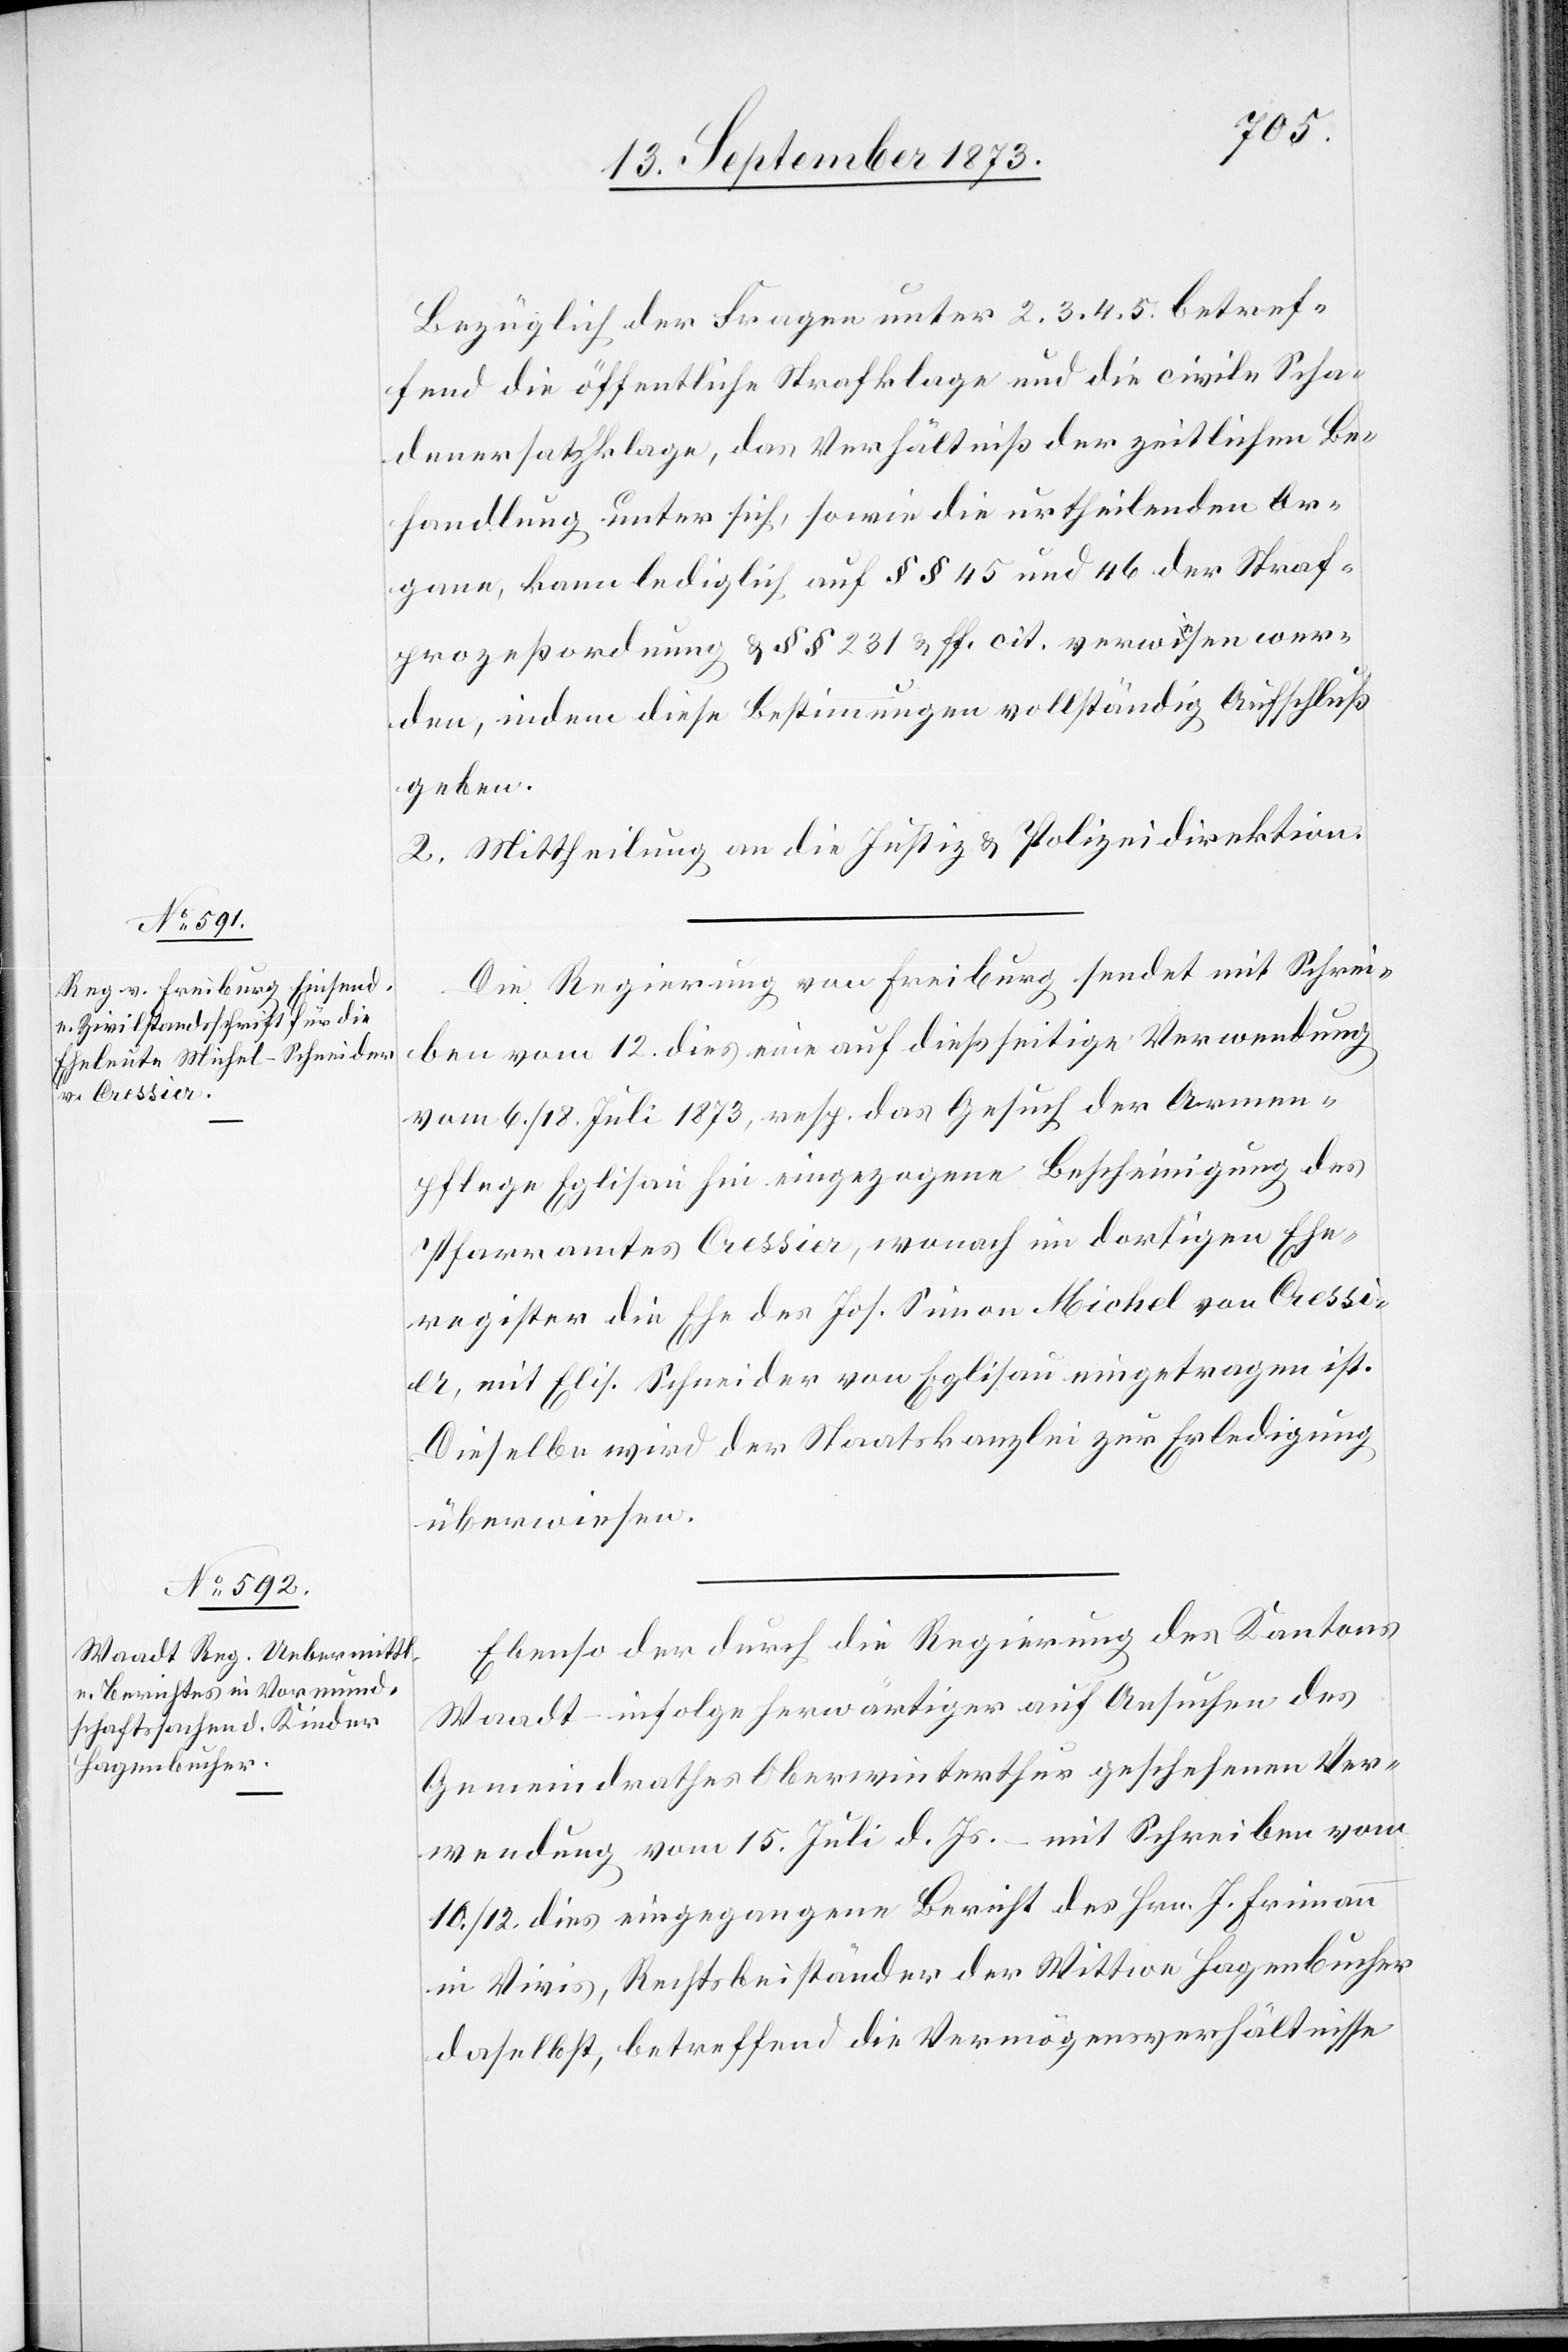
13. September 1873.]
Bezüglich der Fragen unter 2. 3. 4. 5. betref¬
fend die öffentliche Strafklage und die civile Scha¬
denersatzklage, das Verhältniß der zeitlichen Be¬
handlung unter sich, sowie die urtheilenden Or¬
gane, kann lediglich auf §§ 45 und 46 der Straf¬
prozeßordnung & §§ 231 & ff. cit. verwiesen wer¬
den, indem diese Bestimmungen vollständig Aufschluß
geben.
2. Mittheilung an die Justiz- & Polizeidirektion.
Die Regierung von Freiburg sendet mit Schrei¬
ben vom 12. dies eine auf dießseitige Verwendung
vom 6./18. Juli 1873, resp. das Gesuch der Armen¬
pflege Eglisau hin eingezogene Bescheinigung des
Pfarramtes Cressier, wonach im dortigen Ehe¬
register die Ehe des Jos. Simon Michel von Cressi¬
er, mit Elis. Schneider von Eglisau eingetragen ist.
Dieselbe wird der Staatskanzlei zur Erledigung
überwiesen.
Ebenso der durch die Regierung des Kantons
Waadt – infolge herwärtiger auf Ansuchen des
Gemeindrathes Oberwinterthur geschehenen Ver¬
wendung vom 15. Juli d. Js. – mit Schreiben vom
10./12. dies eingegangene Bericht des Hrn. J. Frimann
in Vivis, Rechtsbeiständer der Wittwe Hagenbucher
daselbst, betreffend die Vermögensverhältnisse